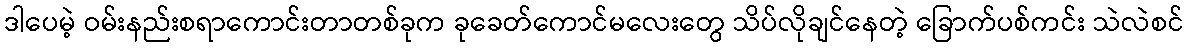
ဒါပေမဲ့ ဝမ်းနည်းစရာကောင်းတာတစ်ခုက ခုခေတ်ကောင်မလေးတွေ သိပ်လိုချင်နေတဲ့ ခြောက်ပစ်ကင်း သဲလဲစင်